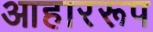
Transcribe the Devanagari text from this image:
आहाररूप